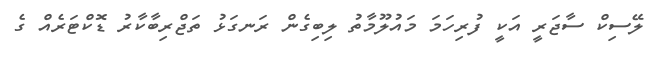
ލޭސިކް ސާޖަރީ އަކީ ފުރިހަމަ މައުލޫމާތު ލިބިގެން ރަނގަޅު ތަޖްރިބާކާރު ޑޮކްޓަރެއް ގެ